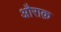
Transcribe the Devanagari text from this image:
औराक़